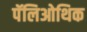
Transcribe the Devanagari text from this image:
पॅलिओथिक